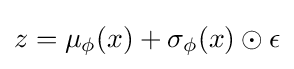
z=\mu _{\phi }(x)+\sigma _{\phi }(x)\odot \epsilon